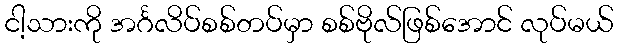
ငါ့သားကို အင်္ဂလိပ်စစ်တပ်မှာ စစ်ဗိုလ်ဖြစ်အောင် လုပ်မယ်